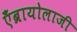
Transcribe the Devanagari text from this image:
एँब्रायोलाजी